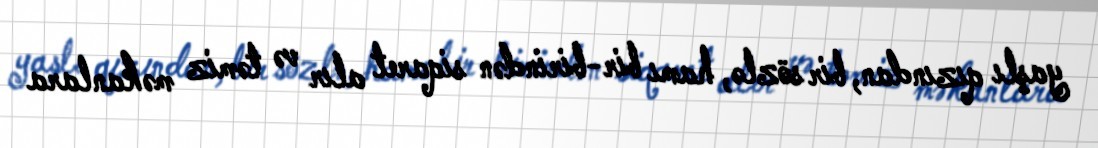
yaşlı qızından, bir sözlə, hamı bir-birindən siqaret alır və təmiz məkanlara